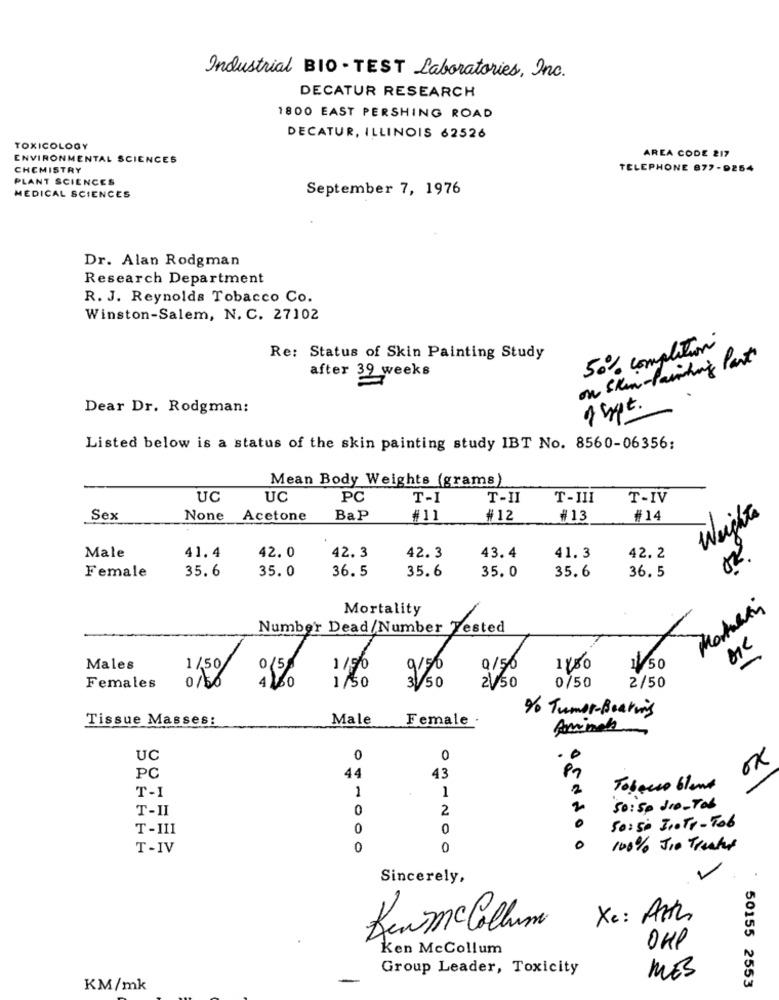
Industrial BIO - TEST Laboratories, Inc.
DECATUR RESEARCH
1800 EAST PERSHING ROAD
DECATUR, ILLINOIS 62526
TOXICOLOGY
AREA CODE 217
ENVIRONMENTAL SCIENCES
CHEMISTRY
TELEPHONE 877-9254
PLANT SCIENCES
MEDICAL SCIENCES
September 7, 1976
Dr. Alan Rodgman
Research Department
R. J. Reynolds Tobacco Co.
Winston-Salem, N. C. 27102
50% completion
Re: Status of Skin Painting Study
on Skin-Painting Past
after 39 weeks
Dear Dr. Rodgman:
1 hot.
Listed below is a status of the skin painting study IBT No. 8560-06356:
Mean Body Weights (grams)
UC
UC
PC
T-I
T-II
T-III
T-IV
Sex
None Acetone
Bap
#11
#12
#13
#14
Weights
43. 4
41. 3
Male
41.4
42.0
42. 3
42.3
42.2
35.6
35.0
36.5
35.6
35.6
36. 5
Female
35.0
Mortality
Number Dead/Number Tested
Males
1/50
1/90
9.50
0/50
1150
11/50
2V50
0/50
Females
0156
1,50
350
2/50
% Tumor-Bearing
Tissue Masses:
Male
Female
Aminale
UC
0
0
.
OK
PC
44
43
1
2
Tobacco blant
T-I
1
T-II
0
2
50:50 dio - Tob
T-III
0
0
50:50 JIoTP- Tob
T-IV
0
0
0
100% JIP Treated
Sincerely,
Xc: Arth
BaumeCollum
OHP
Ken McCollum
Group Leader, Toxicity
MES
KM/mk
50155 2553